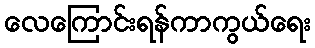
လေကြောင်းရန်ကာကွယ်ရေး